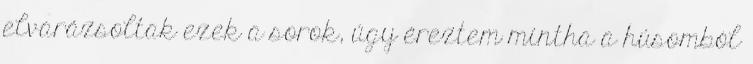
elvarázsoltak ezek a sorok, úgy éreztem mintha a húsomból